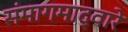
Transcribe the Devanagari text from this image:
संमागमाद्वारे